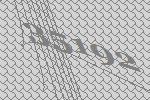
35192